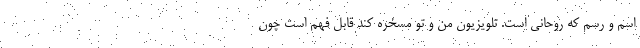
اسم و رسم که روحانی است. تلویزیون من و تو مسخره کند قابل فهم است چون